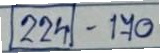
(224) - 170